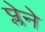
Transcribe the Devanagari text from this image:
प्लेने